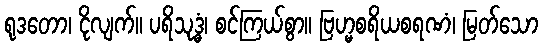
ရုဒတော၊ ငိုလျက်။ ပရိသုဒ္ဓံ၊ စင်ကြယ်စွာ။ ဗြဟ္မစရိယစရဏံ၊ မြတ်သော